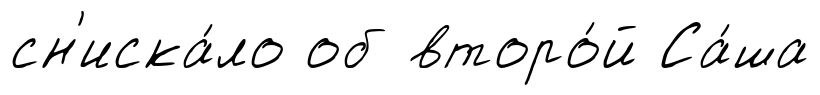
сн'иска́ло об второ́й Са́ша